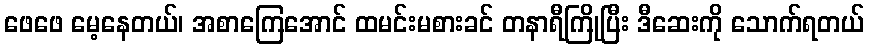
ဖေဖေ မေ့နေတယ်၊ အစာကြေအောင် ထမင်းမစားခင် တနာရီကြိုပြီး ဒီဆေးကို သောက်ရတယ်